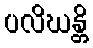
ပလိဃန္တိ